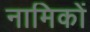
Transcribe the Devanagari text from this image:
नामिकों